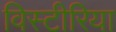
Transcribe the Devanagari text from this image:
विस्टीरिया